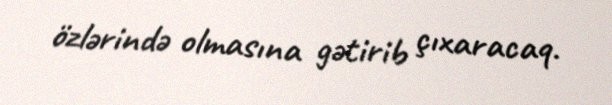
özlərində olmasına gətirib çıxaracaq.